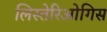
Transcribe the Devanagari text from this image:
लिस्तेरिओगिस